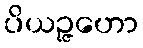
ပိယဉ္ဇဟော